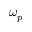
\omega _ { p }